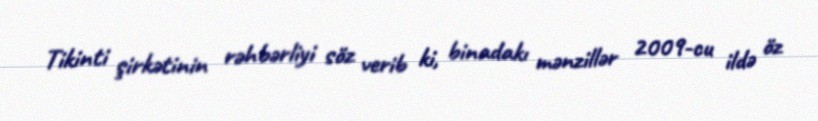
Tikinti şirkətinin rəhbərliyi söz verib ki, binadakı mənzillər 2009-cu ildə öz